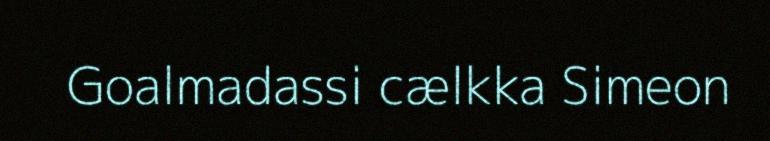
Goalmadassi cælkka Simeon